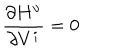
LaTeX: \frac { \partial H ^ { \upsilon } } { \partial V ^ { i } } = 0